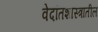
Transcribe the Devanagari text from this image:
वेदांतशास्त्रातील